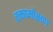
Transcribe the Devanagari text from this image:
रक्तामोक्षण